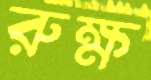
রুক্ষ